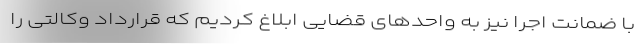
با ضمانت اجرا نیز به واحدهای قضایی ابلاغ کردیم که قرارداد وکالتی را